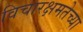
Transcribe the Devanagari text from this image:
विचारक्षमतेच्या